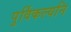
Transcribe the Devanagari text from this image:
पुर्विकल्यनि